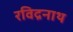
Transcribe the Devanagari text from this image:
रविद्रनाथ